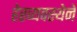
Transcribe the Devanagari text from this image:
हेरव्यवस्थेने